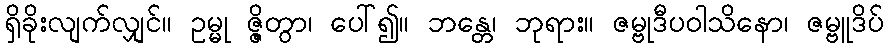
ရှိခိုးလျက်လျှင်။ ဥမ္မု ဇ္ဇိတွာ၊ ပေါ်၍။ ဘန္တေ၊ ဘုရား။ ဇမ္ဗုဒီပဝါသိနော၊ ဇမ္ဗူဒိပ်